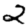
Digit: 2